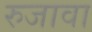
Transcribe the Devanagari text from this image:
रुजावा